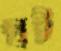
ঘট